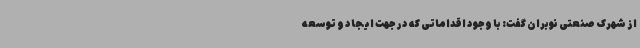
از شهرک صنعتی نوبران گفت: با وجود اقداماتی که در جهت ایجاد و توسعه